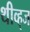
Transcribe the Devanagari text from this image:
थीव्ह्‌ज